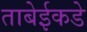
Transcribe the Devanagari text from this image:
ताबेईकडे